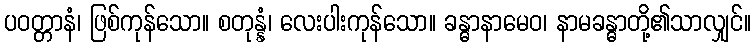
ပဝတ္တာနံ၊ ဖြစ်ကုန်သော။ စတုန္နံ၊ လေးပါးကုန်သော။ ခန္ဓာနာမေဝ၊ နာမခန္ဓာတို့၏သာလျှင်။